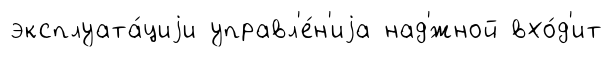
эксплуата́циjи управл'е́н'иjа над'́жной вхо́д'ит